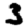
Digit: 3